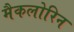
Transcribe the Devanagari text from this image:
मैकलोरिन